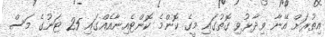
އިތުރަށް އޭނާ ވިދާޅުވި ގޮތުގައި މީގެ ކޮންމެ ކޮންޓެއިނާއެއްގައި 25 ޓަނުގެ މަސް